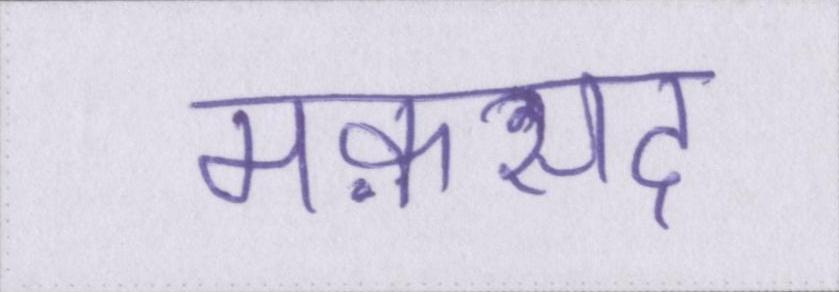
मक़सद